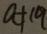
a + 1 9